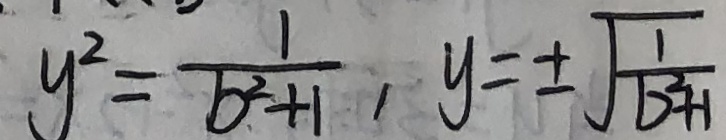
y ^ { 2 } = \frac { 1 } { b ^ { 2 } + 1 } , y = \pm \sqrt { \frac { 1 } { b ^ { 2 } + 1 } }